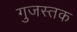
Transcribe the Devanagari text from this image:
गुजस्तक